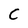
Character: C